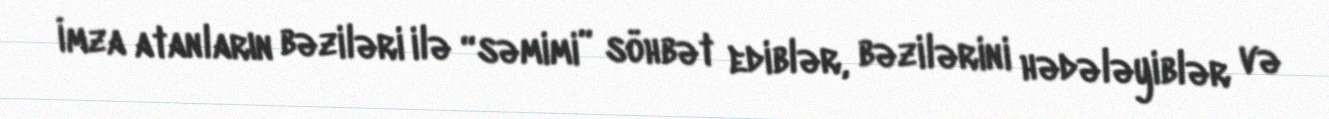
İmza atanların bəziləri ilə “səmimi” söhbət ediblər, bəzilərini hədələyiblər və